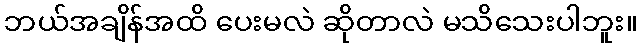
ဘယ်အချိန်အထိ ပေးမလဲ ဆိုတာလဲ မသိသေးပါဘူး။